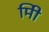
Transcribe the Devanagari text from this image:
मिी